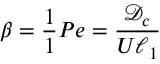
\beta = \frac { 1 } { 1 } { P e } = \frac { { \mathcal { D } } _ { c } } { U \ell _ { 1 } }